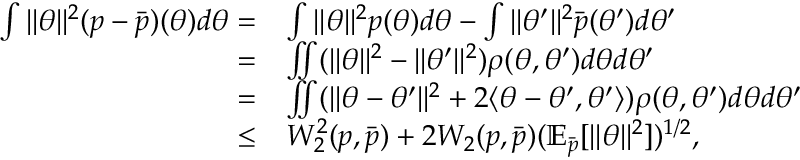
\begin{array} { r l } { \int \| \theta \| ^ { 2 } ( p - \Bar { p } ) ( \theta ) d \theta = } & { \int \| \theta \| ^ { 2 } p ( \theta ) d \theta - \int \| \theta ^ { \prime } \| ^ { 2 } \bar { p } ( \theta ^ { \prime } ) d \theta ^ { \prime } } \\ { = } & { \iint ( \| \theta \| ^ { 2 } - \| \theta ^ { \prime } \| ^ { 2 } ) \rho ( \theta , \theta ^ { \prime } ) d \theta d \theta ^ { \prime } } \\ { = } & { \iint ( \| \theta - \theta ^ { \prime } \| ^ { 2 } + 2 \langle \theta - \theta ^ { \prime } , \theta ^ { \prime } \rangle ) \rho ( \theta , \theta ^ { \prime } ) d \theta d \theta ^ { \prime } } \\ { \leq } & { W _ { 2 } ^ { 2 } ( p , \Bar { p } ) + 2 W _ { 2 } ( p , \Bar { p } ) ( \mathbb { E } _ { \Bar { p } } [ \| \theta \| ^ { 2 } ] ) ^ { 1 / 2 } , } \end{array}